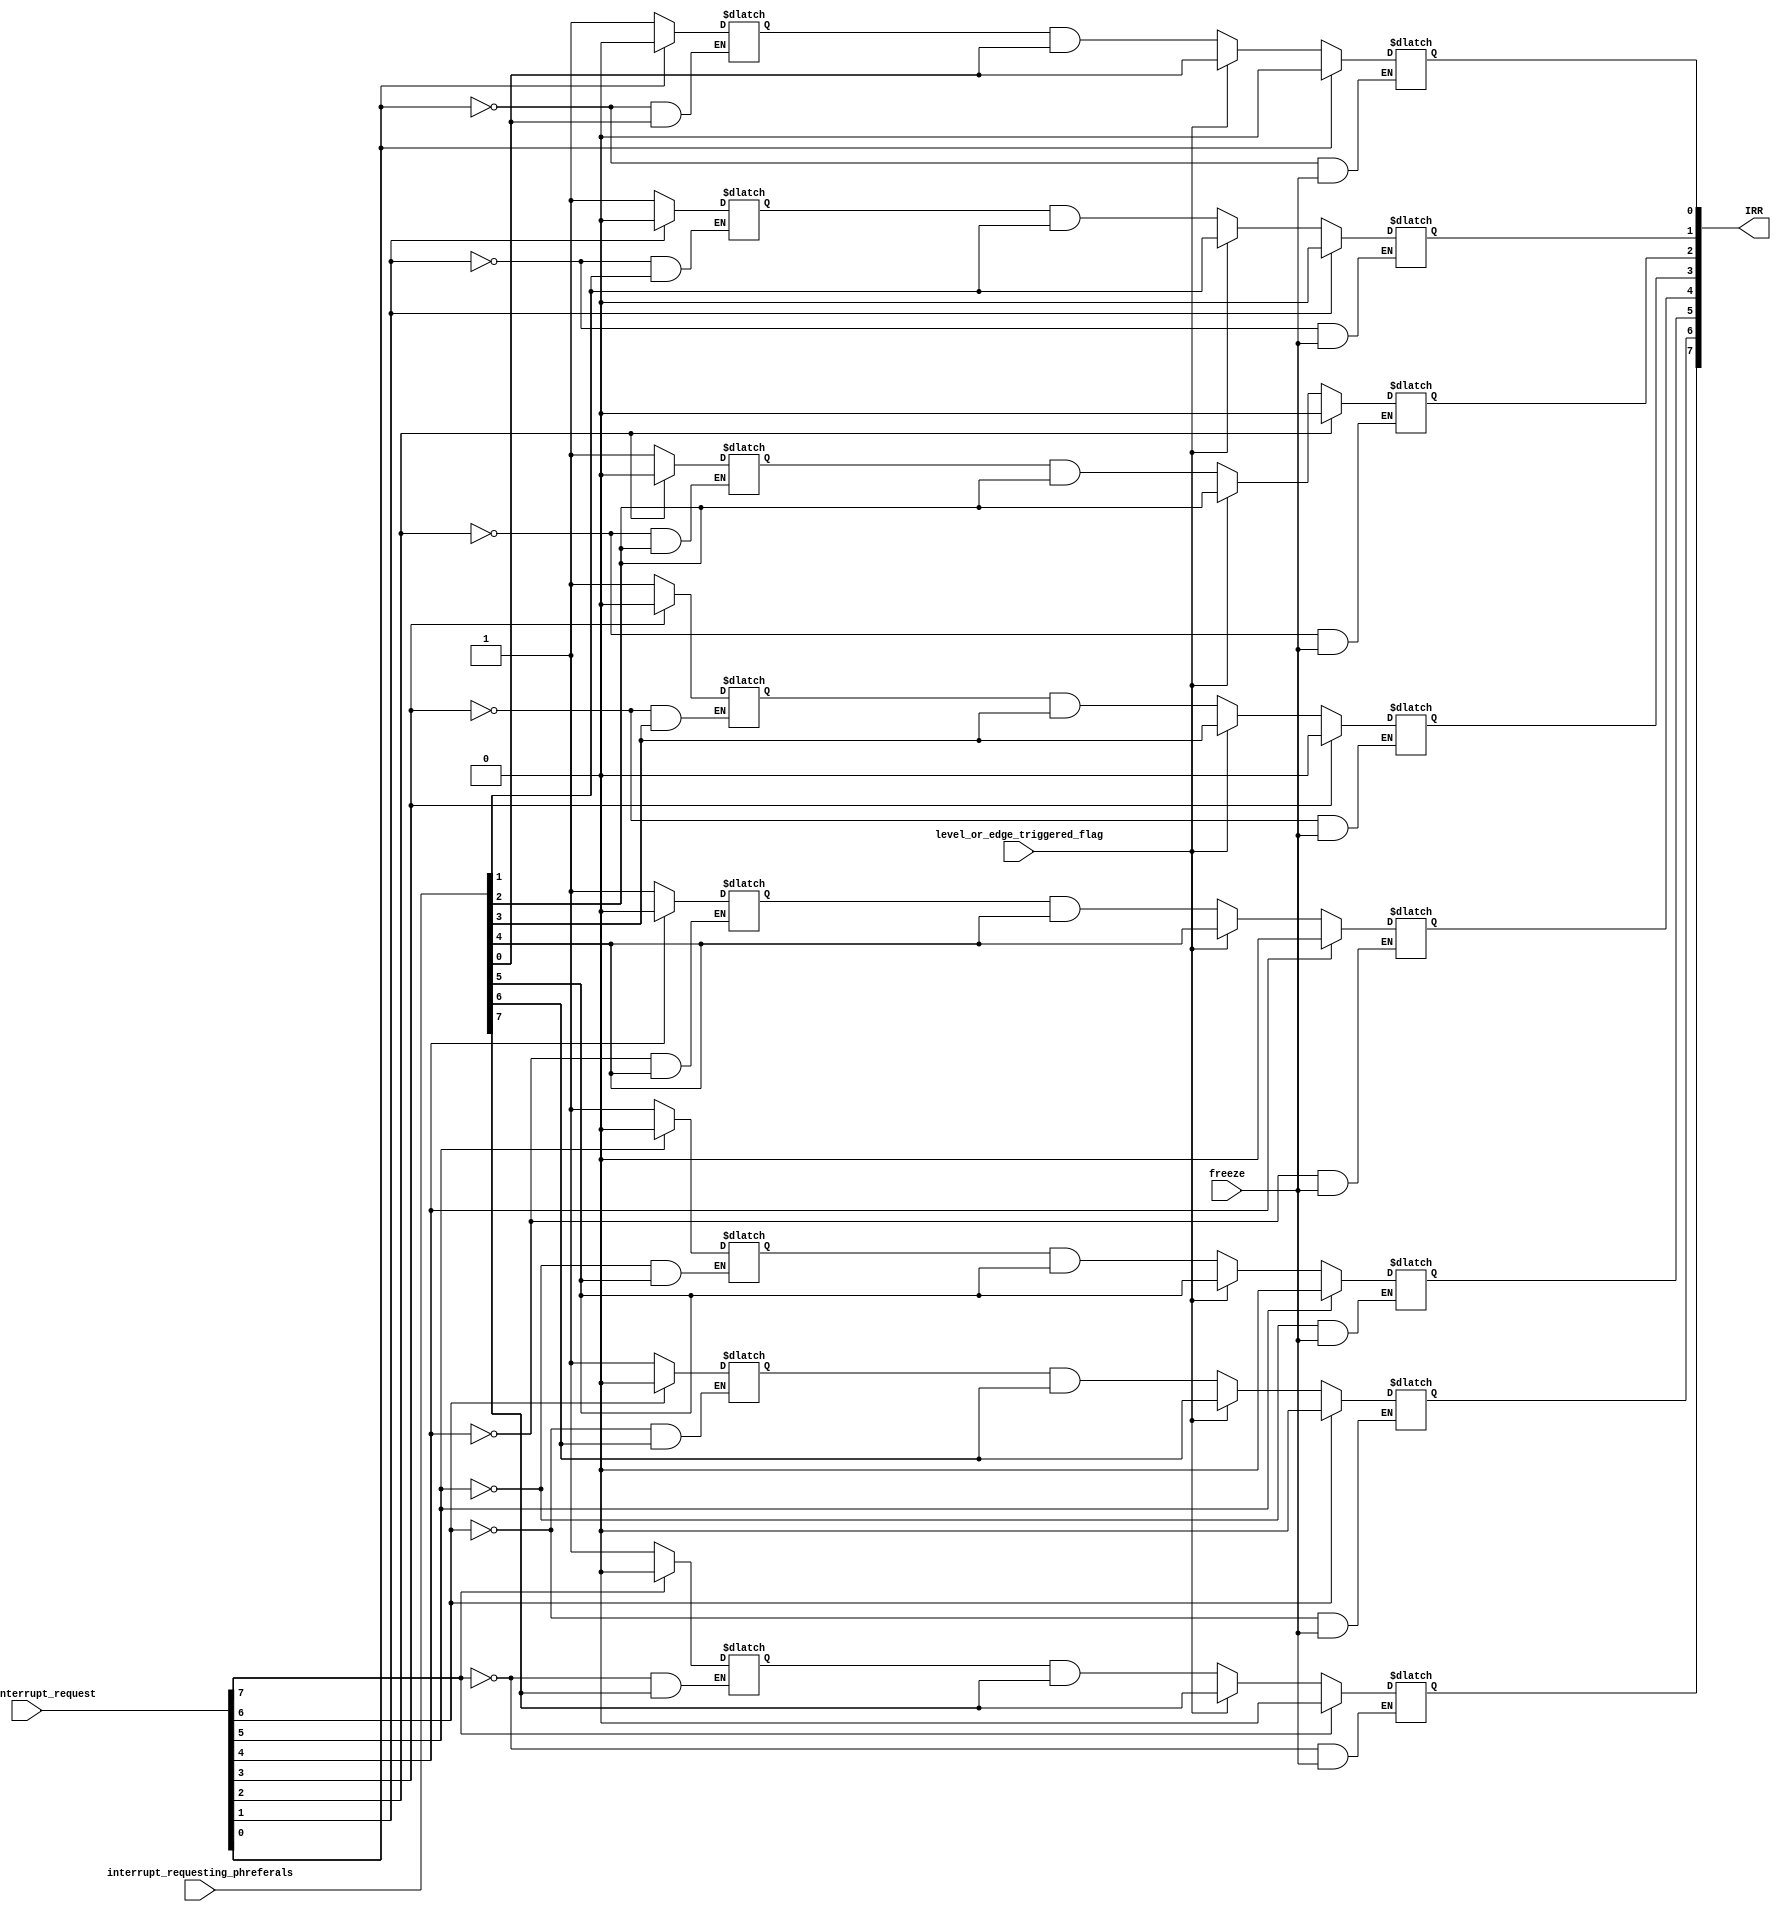
module interrupt_request_reg (
    // Inputs from control logic
    input level_or_edge_triggered_flag,
    input freeze,
    input [7:0] clear_interrupt_request,

    // External inputs
    input [7:0] interrupt_requesting_phreferals,

    // Outputs
    output reg [7:0] IRR
);

    reg [7:0] low_input_latch;
    wire [7:0] interrupt_request_edge;

   genvar ir_bit_no;
    generate
    for (ir_bit_no = 0; ir_bit_no <= 7; ir_bit_no = ir_bit_no + 1) begin: Request_Latch
        //
        // Edge Sense
        //
        always@(*) begin
			if (clear_interrupt_request[ir_bit_no])
                low_input_latch[ir_bit_no] <= 1'b0;
            else if (~interrupt_requesting_phreferals[ir_bit_no])
                low_input_latch[ir_bit_no] <= 1'b1;
            else
                low_input_latch[ir_bit_no] <= low_input_latch[ir_bit_no];
        end

        assign interrupt_request_edge[ir_bit_no] = (low_input_latch[ir_bit_no] == 1'b1) & (interrupt_requesting_phreferals[ir_bit_no] == 1'b1);

        //
        // Request Latch
        //
        always @(*) begin
			if (clear_interrupt_request[ir_bit_no] == 1'b1)
                IRR[ir_bit_no] <= 1'b0;
            else if (freeze == 1'b1)
                IRR[ir_bit_no] <= IRR[ir_bit_no];
            else if (level_or_edge_triggered_flag == 1'b1)
                IRR[ir_bit_no] <= interrupt_requesting_phreferals[ir_bit_no];
            else
                IRR[ir_bit_no] <= interrupt_request_edge[ir_bit_no];
        end
    end
    endgenerate

endmodule